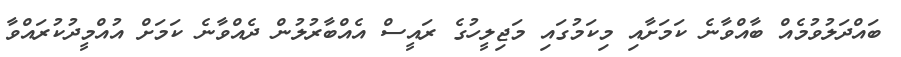
ބައްދަލުވުމެއް ބާއްވާނެ ކަމަށާއި މިކަމުގައި މަޖިލީހުގެ ރައީސް އެއްބާރުލުން ދެއްވާނެ ކަމަށް އުއްމީދުކުރައްވާ